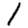
Digit: 1